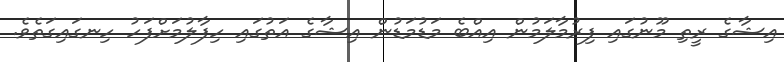
އިޝާގެ ރީތި މޫނުގައި ފިރުމާލަމުން އިއްބެ މަޑުމަޑުން އިޝާގެ އަތުގައި ހިފާލުމަށްފަހު ހިނގައިގަތެވެ.